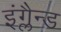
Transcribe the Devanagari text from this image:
इंग्लैन्ड